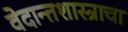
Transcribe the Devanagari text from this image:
वेदान्तशास्त्राचा